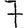
Digit: 7